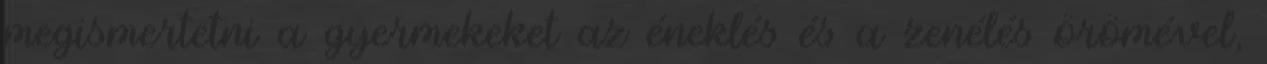
megismertetni a gyermekeket az éneklés és a zenélés örömével,